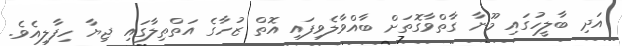
އަދި ބާލީހުގައި މޫނާ ގާތްވާގޮތަށް ބާއްވާލެވިފައި އޮތް ޒުހާގެ އަތްތިލާގައި ޖިޔާ ހިފާލިއެވެ.